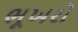
ભૂખરો